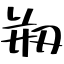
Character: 剏